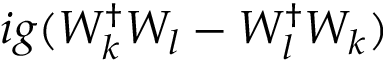
i g ( W _ { k } ^ { \dag } W _ { l } - W _ { l } ^ { \dag } W _ { k } )